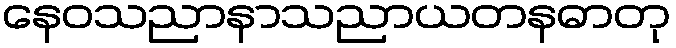
နေဝသညာနာသညာယတနဓာတု